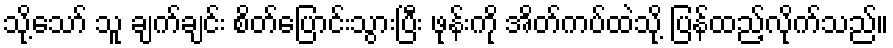
သို့သော် သူ ချက်ချင်း စိတ်ပြောင်းသွားပြီး ဖုန်းကို အိတ်ကပ်ထဲသို့ ပြန်ထည့်လိုက်သည်။